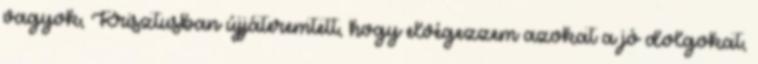
vagyok, Krisztusban újjáteremtett, hogy elvégezzem azokat a jó dolgokat,